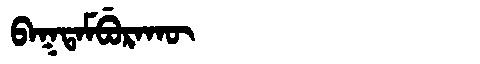
Manchu: ᠪᠠᡴᡨᠠᠮᠪᡠᡵᠠᡴᡡ
Romanization: BAKTAMBURAKŪ